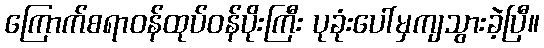
ကြောက်စရာဝန်ထုပ်ဝန်ပိုးကြီး ပုခုံးပေါ်မှကျသွားခဲ့ပြီ။